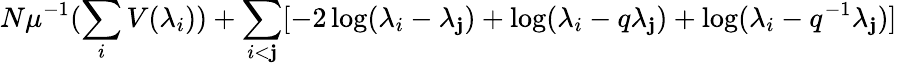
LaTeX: N\mu^{-1}(\sum_{i}V(\lambda_{i}))+\sum_{i<\mathbf{j}}[-2\log(\lambda_{i}-\lambda_{\mathbf{j}})+\log(\lambda_{i}-q\lambda_{\mathbf{j}})+\log(\lambda_{i}-q^{-1}\lambda_{\mathbf{j}})]